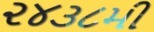
૨૪૩૮મી